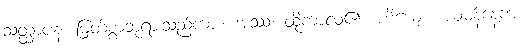
သတ္ထာပန၊ မြတ်စွာဘုရားသည်ကား။ အဿ၊ ထိုကာလ၏။ ဟိယျော၊ ယမန်နေ့က။